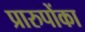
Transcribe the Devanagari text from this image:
प्रारुपोंका